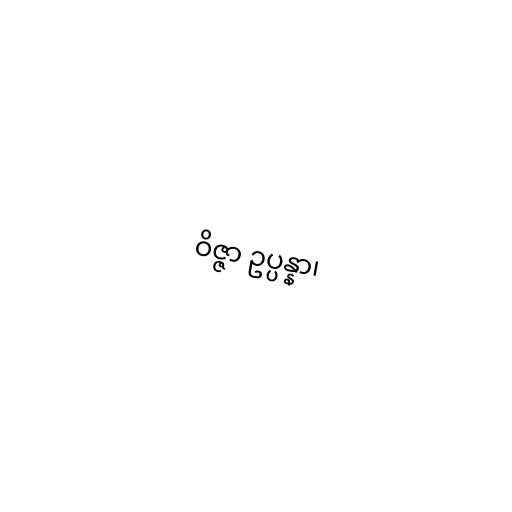
ဝိဇ္ဇာ ဥပ္ပန္နာ၊